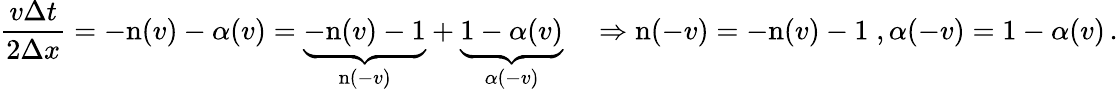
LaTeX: \frac{v\Delta t}{2\Delta x}=-\mathrm{n}(v)-\alpha(v)=\underset{\mathrm{n}(-v)}{\underbrace{-\mathrm{n}(v)-1}}+\underset{\alpha(-v)}{\underbrace{1-\alpha(v)}}\quad\Rightarrow\mathrm{n}(-v)=-\mathrm{n}(v)-1\; ,\alpha(-v)=1-\alpha(v)\, .